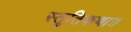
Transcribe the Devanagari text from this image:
स्तुतिकथाः।